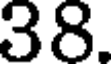
38.